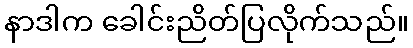
နာဒါက ခေါင်းညိတ်ပြလိုက်သည်။